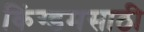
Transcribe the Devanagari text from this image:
किंग्डमसाठी